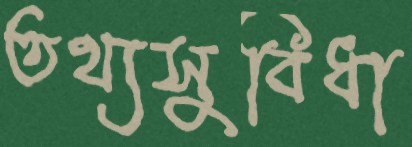
তথ্যসুবিধা